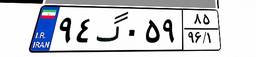
۹۴گ۰۵۹۸۵